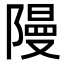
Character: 𮥝